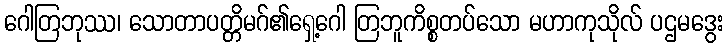
ဂေါတြဘုဿ၊ သောတာပတ္တိမဂ်၏ရှေ့ဂေါ တြဘူကိစ္စတပ်သော မဟာကုသိုလ် ပဌမဒွေး